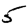
Digit: 5